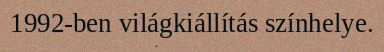
1992-ben világkiállítás színhelye.